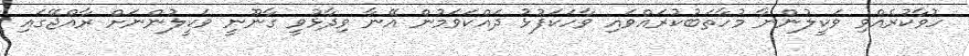
ހުވާކުރެއްވި ވަކީލުންނާ މުހާތަބުކުރައްވައި ވާހަކަފުޅު ދައްކަވަމުން އޭނާ ވިދާޅުވީ ގާނޫނީ ވަކީލުންނަށް ރާއްޖޭގައި